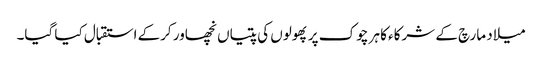
میلاد مارچ کے شرکاء کا ہر چوک پر پھولوں کی پتیاں نچھاور کرکے استقبال کیا گیا۔